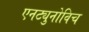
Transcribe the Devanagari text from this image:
एनट्युनोविच